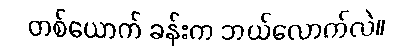
တစ်ယောက် ခန်းက ဘယ်လောက်လဲ။